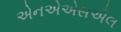
એનએએસએલ